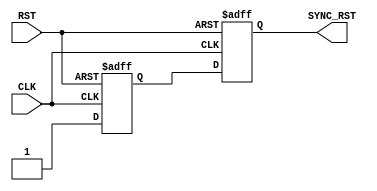
module RST_SYNC (
input    wire     RST,
input    wire     CLK,
output   wire     SYNC_RST
);

reg     meta_flop ;
reg     sync_flop ;

always @(posedge CLK or negedge RST) begin
  if(!RST) begin
    meta_flop <= 1'b0 ;
    sync_flop <= 1'b0 ;	
   end

  else begin
    meta_flop <= 1'b1 ;
    sync_flop <= meta_flop ;
   end  
 end
 
 assign  SYNC_RST = sync_flop ;

endmodule